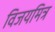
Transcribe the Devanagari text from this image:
विजयमित्र